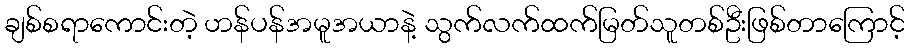
ချစ်စရာကောင်းတဲ့ ဟန်ပန်အမူအယာနဲ့ သွက်လက်ထက်မြတ်သူတစ်ဦးဖြစ်တာကြောင့်